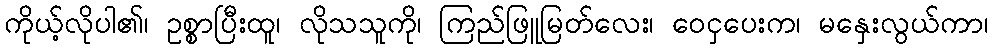
ကိုယ့်လိုပါ၏၊ ဥစ္စာပြီးထူ၊ လိုသသူကို၊ ကြည်ဖြူမြတ်လေး၊ ဝေငှပေးက၊ မနှေးလွယ်ကာ၊